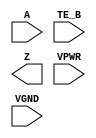
module sky130_fd_sc_hs__ebufn (
    A   ,
    TE_B,
    Z   ,
    VPWR,
    VGND
);

    input  A   ;
    input  TE_B;
    output Z   ;
    input  VPWR;
    input  VGND;
endmodule